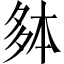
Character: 𫯐